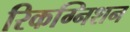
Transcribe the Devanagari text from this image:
रिकग्निशन